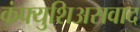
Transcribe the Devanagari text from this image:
कंफ्युशिअसवाद